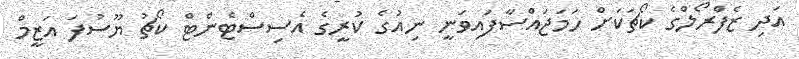
އަދި ޒެފްރޯލްގެ ކޯޗަކަށް ހަމަޖައްސާފައިވަނީ ނިއުގެ ކުރީގެ އެސިސްޓެންޓް ކޯޗު ޔޫސުފަ އަޒީމް